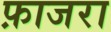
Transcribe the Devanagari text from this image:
फ़ाजरा